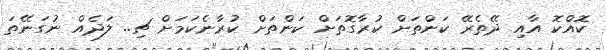
ކޮއްކޮ އާއި ދޭތެރޭ ކަންތަށް ކުރާގޮތަށް ކަންތަށް ކުރާނެކަމަށް ޗި.. ލަދެއް ނުގަނޭތަ